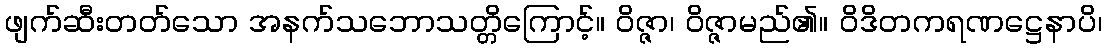
ဖျက်ဆီးတတ်သော အနက်သဘောသတ္တိကြောင့်။ ဝိဇ္ဇာ၊ ဝိဇ္ဇာမည်၏။ ဝိဒိတကရဏဋ္ဌေနာပိ၊